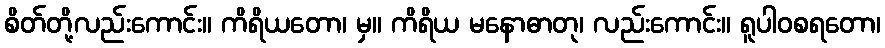
စိတ်တို့လည်းကောင်း။ ကိရိယတော၊ မှ။ ကိရိယ မနောဓာတု၊ လည်းကောင်း။ ရူပါဝစရတော၊